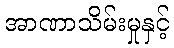
အာဏာသိမ်းမှုနှင့်